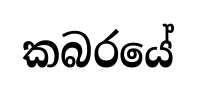
කබරයේ